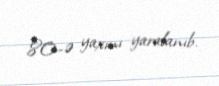
80-ə yaxını yaralanıb.